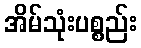
အိမ်သုံးပစ္စည်း